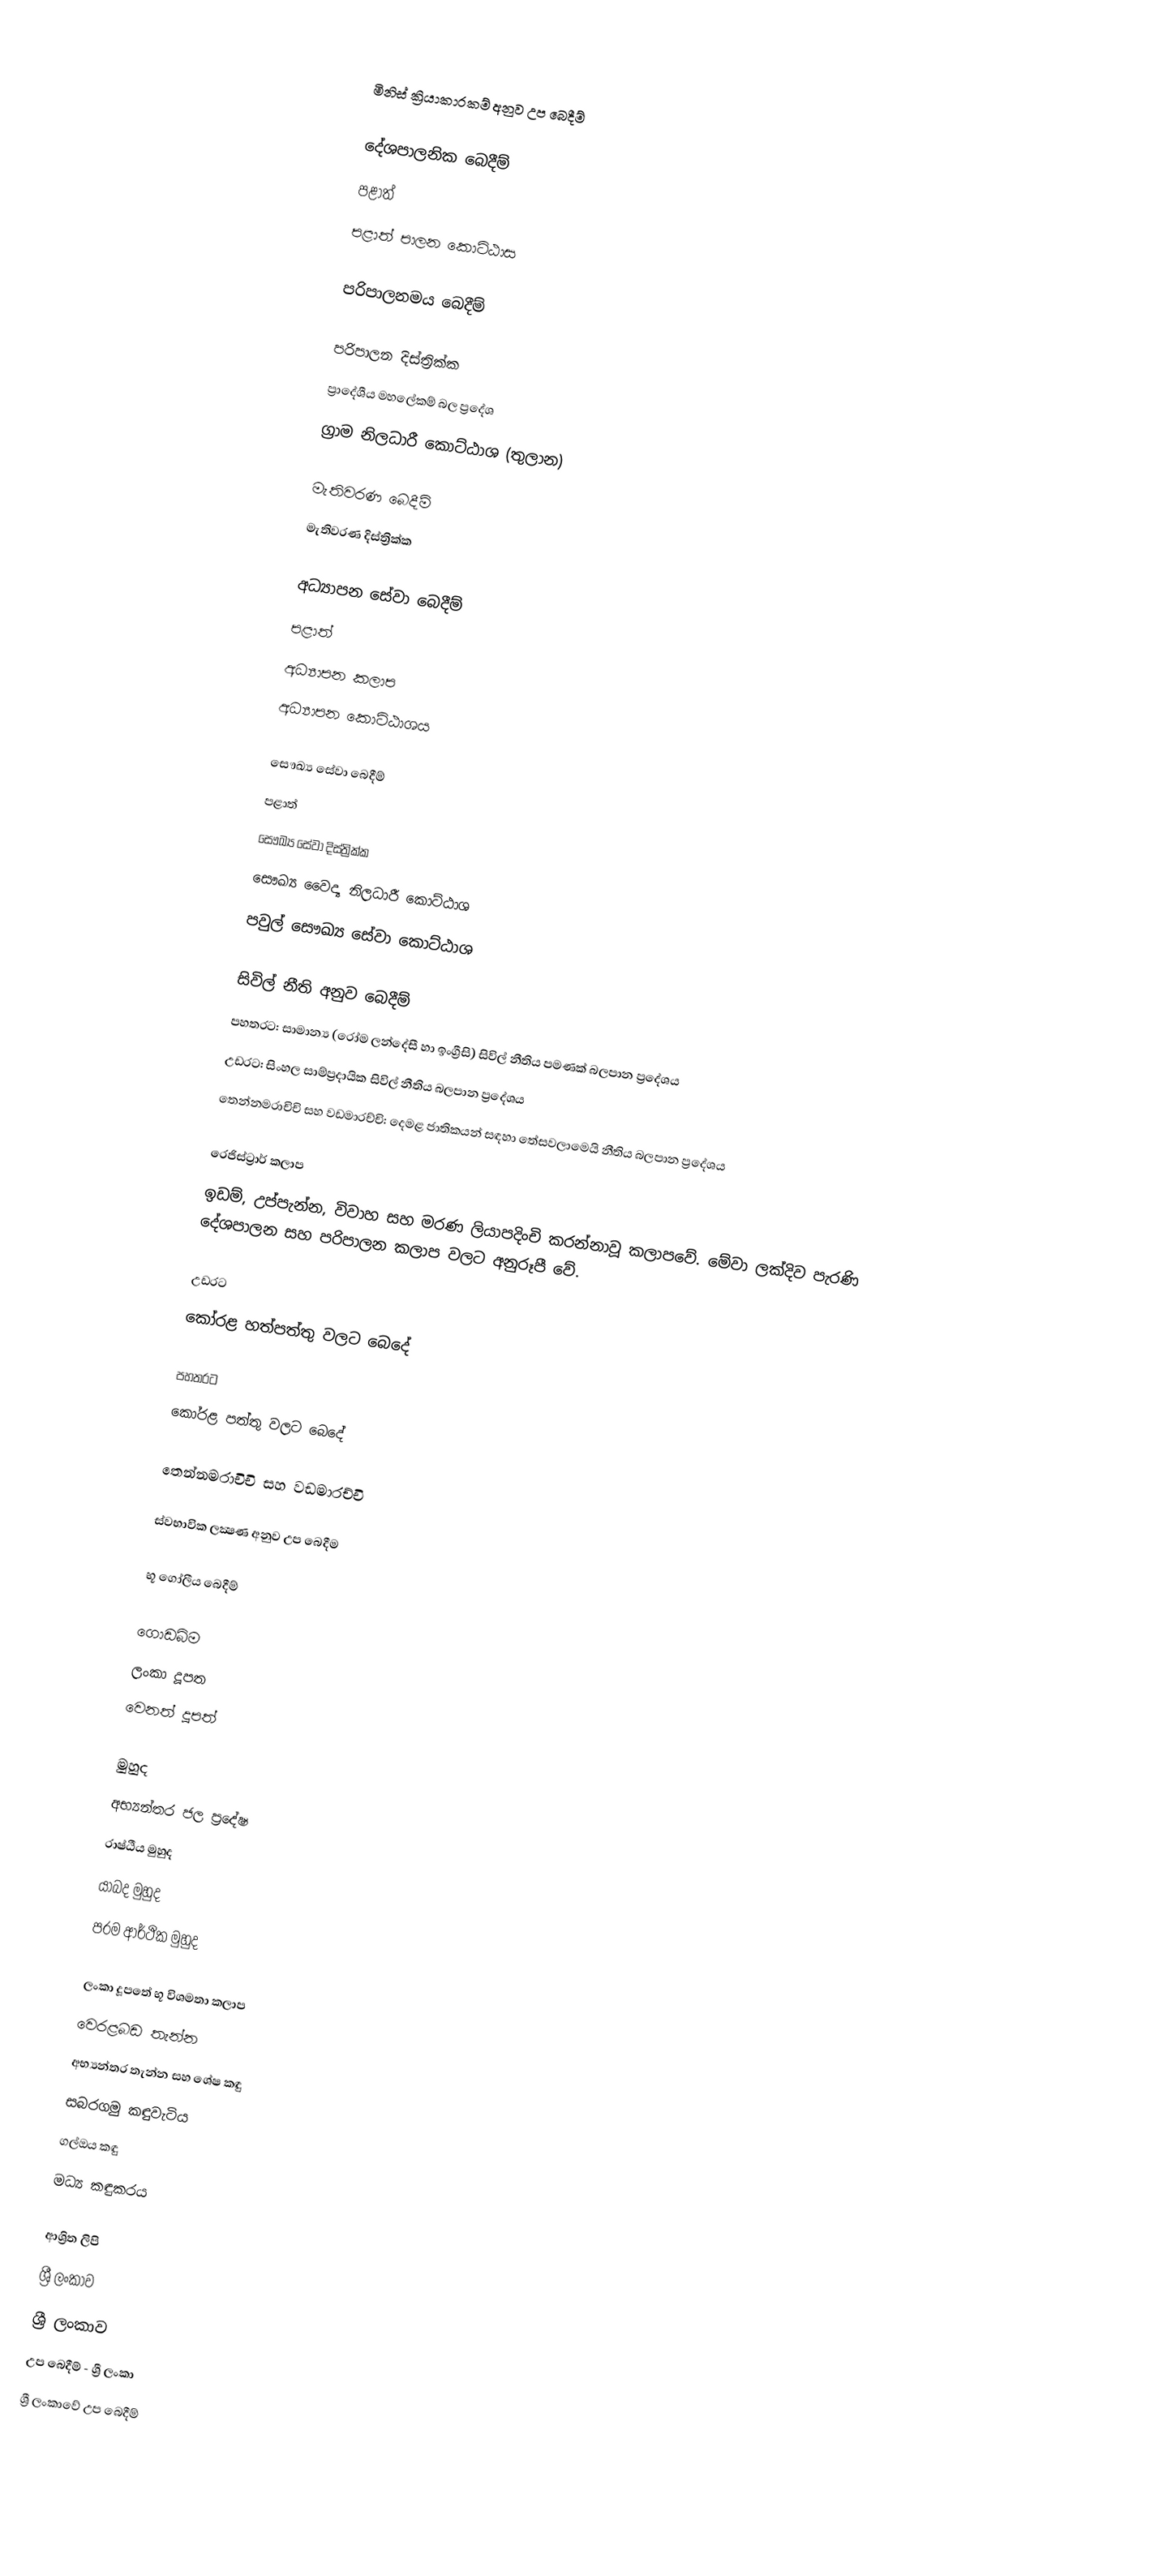

මිනිස් ක්‍රියාකාරකම් අනුව උප බෙදීම්

දේශපාලනික බෙදීම්
 පළාත්
 පළාත් පාලන කොට්ඨාස

පරිපාලනමය බෙදීම්

 පරිපාලන දිස්ත්‍රික්ක
 ප්‍රාදේශීය මහලේකම් බල ප්‍රදේශ
 ග්‍රාම නිලධාරී කොට්ඨාශ (තුලාන)

මැතිවරණ බෙදීම්
 මැතිවරණ දිස්ත්‍රික්ක

අධ්‍යාපන සේවා බෙදීම්
 පළාත්
 අධ්‍යාපන කලාප
 අධ්‍යාපන කොට්ඨාශය

සෞඛ්‍ය සේවා බෙදීම්
 පළාත්
  සෞඛ්‍ය සේවා දිස්ත්‍රික්ක
 සෞඛ්‍ය වෛද්‍ය නිලධාරී කොට්ඨාශ
 පවුල් සෞඛ්‍ය සේවා කොට්ඨාශ

සිවිල් නීති අනුව බෙදීම්
 පහතරට: සාමාන්‍ය (රෝම ලන්දේසී හා ඉංග්‍රීසි) සිවිල් නීතිය පමණක් බලපාන ප්‍රදේශය
 උඩරට: සිංහල සාම්ප්‍රදායික සිවිල් නීතිය බලපාන ප්‍රදේශය
 තෙන්නමරාචිචි සහ වඩමාරච්චි: දෙමළ ජාතිකයන් සඳහා තේසවලාමෙයි නීතිය බලපාන ප්‍රදේශය

රෙජිස්ට්‍රාර් කලාප
ඉඩම්, උප්පැන්න, විවාහ සහ මරණ ලියාපදිංචි කරන්නාවූ කලාපවේ. මේවා ලක්දිව පැරණි දේශපාලන සහ පරිපාලන කලාප වලට අනුරූපී වේ.

උඩරට
කෝරළ හත්පත්තු වලට බෙදේ

පහතරට
කෝරළ පත්තු වලට බෙදේ

තෙන්නමරාචිචි සහ වඩමාරච්චි

ස්වභාවික ‍ලක්‍ෂණ අනුව උප බෙදීම

භූ ගෝලීය බෙදීම්

ගොඩබිම
 ලංකා දූපත
 වෙනත් දූපත්

මුහුද
 අභ්‍යන්තර ජල ප්‍රදේෂ
 රාෂ්ඨීය මුහුද
 යාබද මුහුද
 පරම ආර්ථික මුහුද

ලංකා දූපතේ භූ විශමතා කලාප
 වෙරළබඩ තැන්න
 අභ්‍යන්තර තැන්න සහ ශේෂ කඳු
 සබරගමු කඳුවැටිය
 ගල්ඔය කඳු
 මධ්‍ය කඳුකරය

ආශ්‍රිත ලිපි
 ශ්‍රී ලංකාව
ශ්‍රී ලංකාව
උප බෙදීම් - ශ්‍රී ලංකා
ශ්‍රී ලංකාවේ උප බෙදීම්